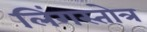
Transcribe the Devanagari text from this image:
लिंगस्तोत्र